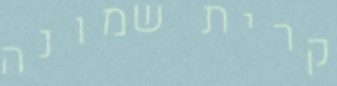
קרית שמונה